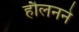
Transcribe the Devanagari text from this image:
हौलनने